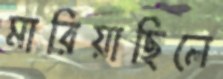
মারিয়াছিলে